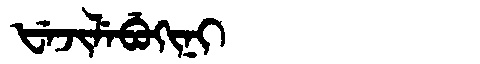
Manchu: ᡶᡝᠵᡳᠯᡝᠪᡠᡴᡳᠨᡳ
Romanization: FEJILEBUKINI